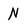
Character: N